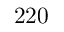
2 2 0